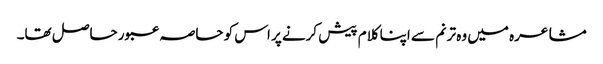
مشاعرہ میں وہ ترنم سے اپنا کلام پیش کرنے پر اس کو حاصہ عبور حاصل تھا۔